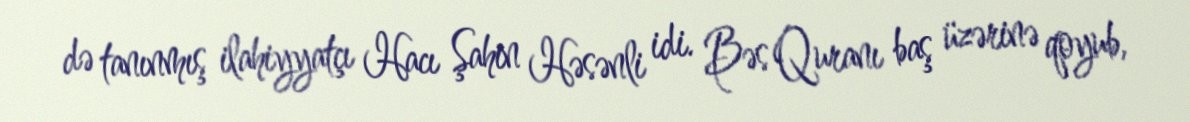
də tanınmış ilahiyyatçı Hacı Şahin Həsənli idi. Bəs Quranı baş üzərinə qoyub,